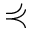
\curlyeqprec